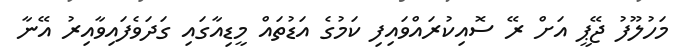
މަހުލޫފު ޖޭޕީ އަށް ރޭ ސޮއިކުރައްވައިފި ކަމުގެ އަޑުތައް މީޑިއާގައި ގަދަވެފައިވާއިރު އޭނާ